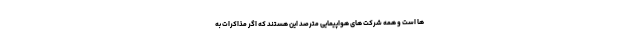
ها است و همه شرکت های هواپیمایی مترصد این هستند که اگر مذاکرات به